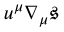
u ^ { \mu } \nabla _ { \mu } \mathfrak { s }